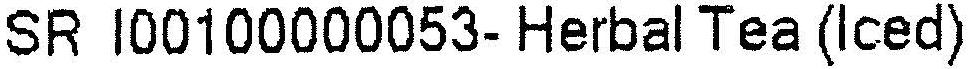
SR I00100000053- HERBAL TEA (ICED)